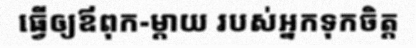
ធ្វើឲ្យឪពុក-ម្តាយ របស់អ្នកទុកចិត្ត